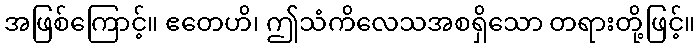
အဖြစ်ကြောင့်။ ဧတေဟိ၊ ဤသံကိလေသအစရှိသော တရားတို့ဖြင့်။